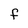
Character: F